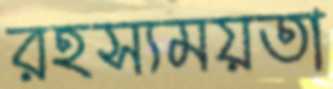
রহস্যময়তা